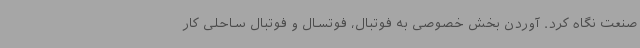
صنعت نگاه کرد. آوردن بخش خصوصی به فوتبال، فوتسال و فوتبال ساحلی کار